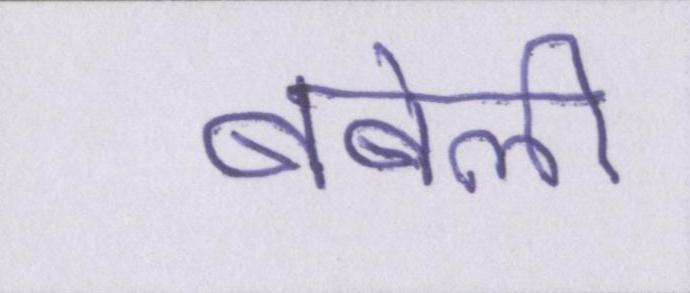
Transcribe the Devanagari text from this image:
बबेली